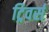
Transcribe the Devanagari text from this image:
ट्रिवर्स